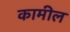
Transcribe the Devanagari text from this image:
कामील